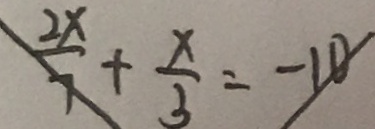
\frac { 2 x } { 7 } + \frac { x } { 3 } = - 1 0